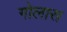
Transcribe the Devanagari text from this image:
गोलास